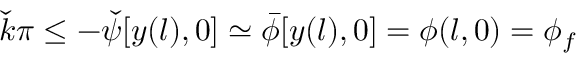
\check { k } \pi \le - { \check { \psi } } [ y ( l ) , 0 ] \simeq \bar { \phi } [ y ( l ) , 0 ] = \phi ( l , 0 ) = \phi _ { f }